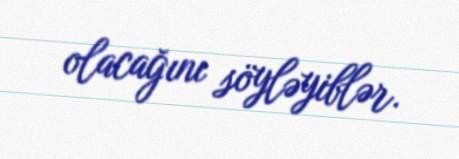
olacağını söyləyiblər.